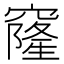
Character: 窿